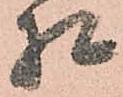
相